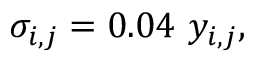
\sigma _ { i , j } = 0 . 0 4 \ y _ { i , j } ,